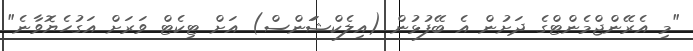
"މި އެރޭންޖްމެންޓްގެ ދަށުން އެ ބޭފުޅުން (އިލެކްޝަަންސް) އަށް ޓިކެޓް ވަރަށް އަގުހެޔޮވާނެ"